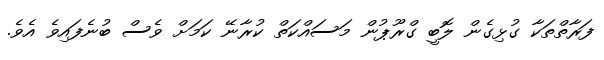
ފަރާތްތަކާ ގުޅިގެން ލޮބީ ގްރޫޕުން މަސައްކަތް ކުރާނޭ ކަމަށް ވެސް ބުނެފައިވެ އެވެ.